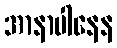
အာနာပါနေန